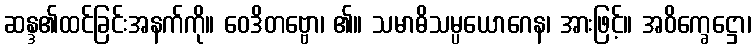
ဆန္ဒ၏ထင်ခြင်းအနက်ကို။ ဝေဒိတဗ္ဗော၊ ၏။ သမာဓိသမ္ပယောဂေန၊ အားဖြင့်။ အဝိက္ခေဋ္ဌော၊